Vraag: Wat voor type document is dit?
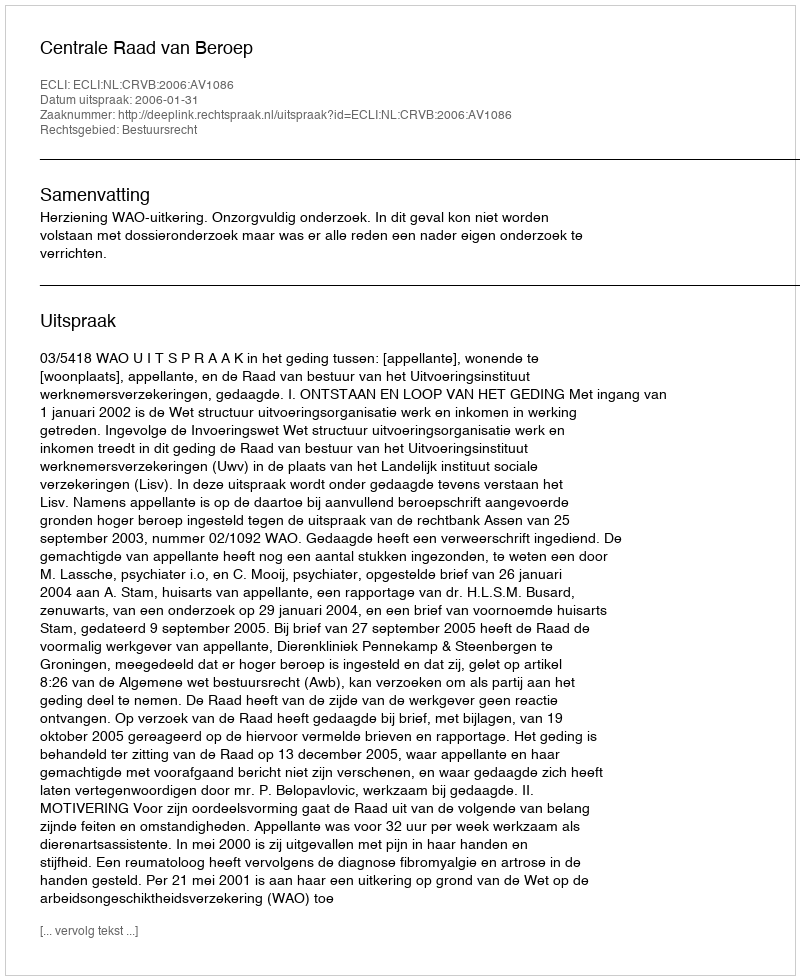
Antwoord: Uitspraak